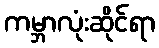
ကမ္ဘာလုံးဆိုင်ရာ